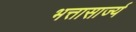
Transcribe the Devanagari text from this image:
भत्तासार्ज्य